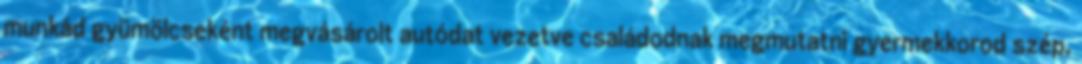
munkád gyümölcseként megvásárolt autódat vezetve családodnak megmutatni gyermekkorod szép,